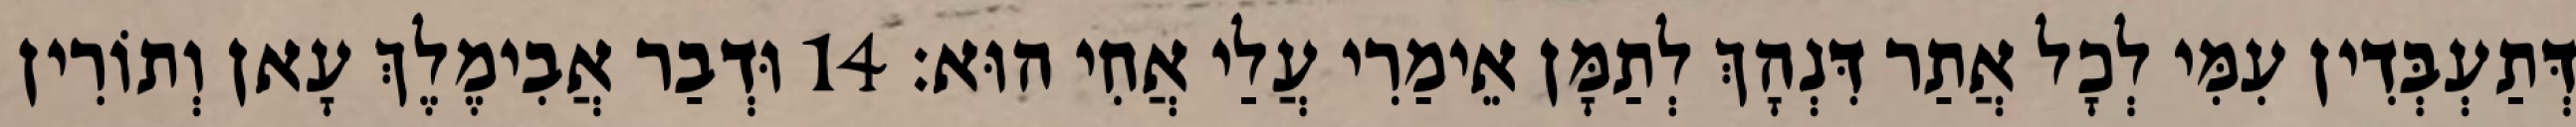
דְּתַעְבְּדִין עִמִּי לְכָל אֲתַר דִּנְהָךְ לְתַמָּן אֵימַרִי עֲלַי אֲחִי הוּא׃ 14 וּדְבַר אֲבִימֶלֶךְ עָאן וְתוֹרִין